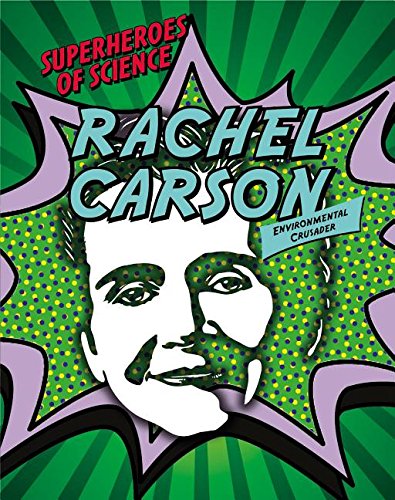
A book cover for Rachel Carson: Environmental Crusader (Superheroes of Science); Nancy Dickman; Teen & Young Adult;